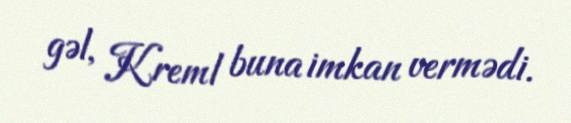
gəl, Kreml buna imkan vermədi.